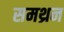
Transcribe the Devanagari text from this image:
समथ्रन